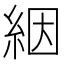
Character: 絪